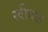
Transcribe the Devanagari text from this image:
खींवज